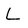
Character: L